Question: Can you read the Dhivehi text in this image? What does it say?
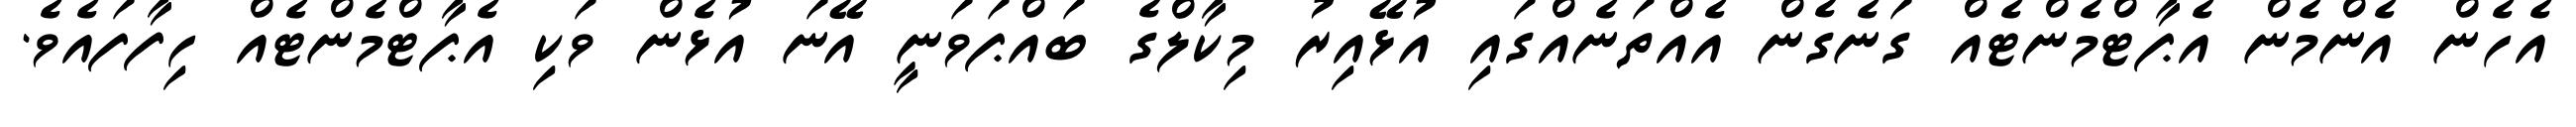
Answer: އެހެން އެންމެން އެޕާޓްމެންޓެއް ގަނެގެން އެއްތަނެއްގައި އުޅޭއިރު މިކާލްގެ ބައްޕަވަނީ އޭނަ އުޅެން ވަކި އެޕާޓްމެންޓެއް ހިފާފައެވެ.